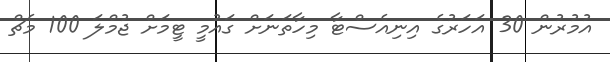
އުމުރުން 30 އަހަރުގެ އިނިއެސްޓާ މިހާތަނަށް ގައުމީ ޓީމަށް ޖުމްލަ 100 މެޗް